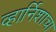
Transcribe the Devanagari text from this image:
व्हार्निशाचा